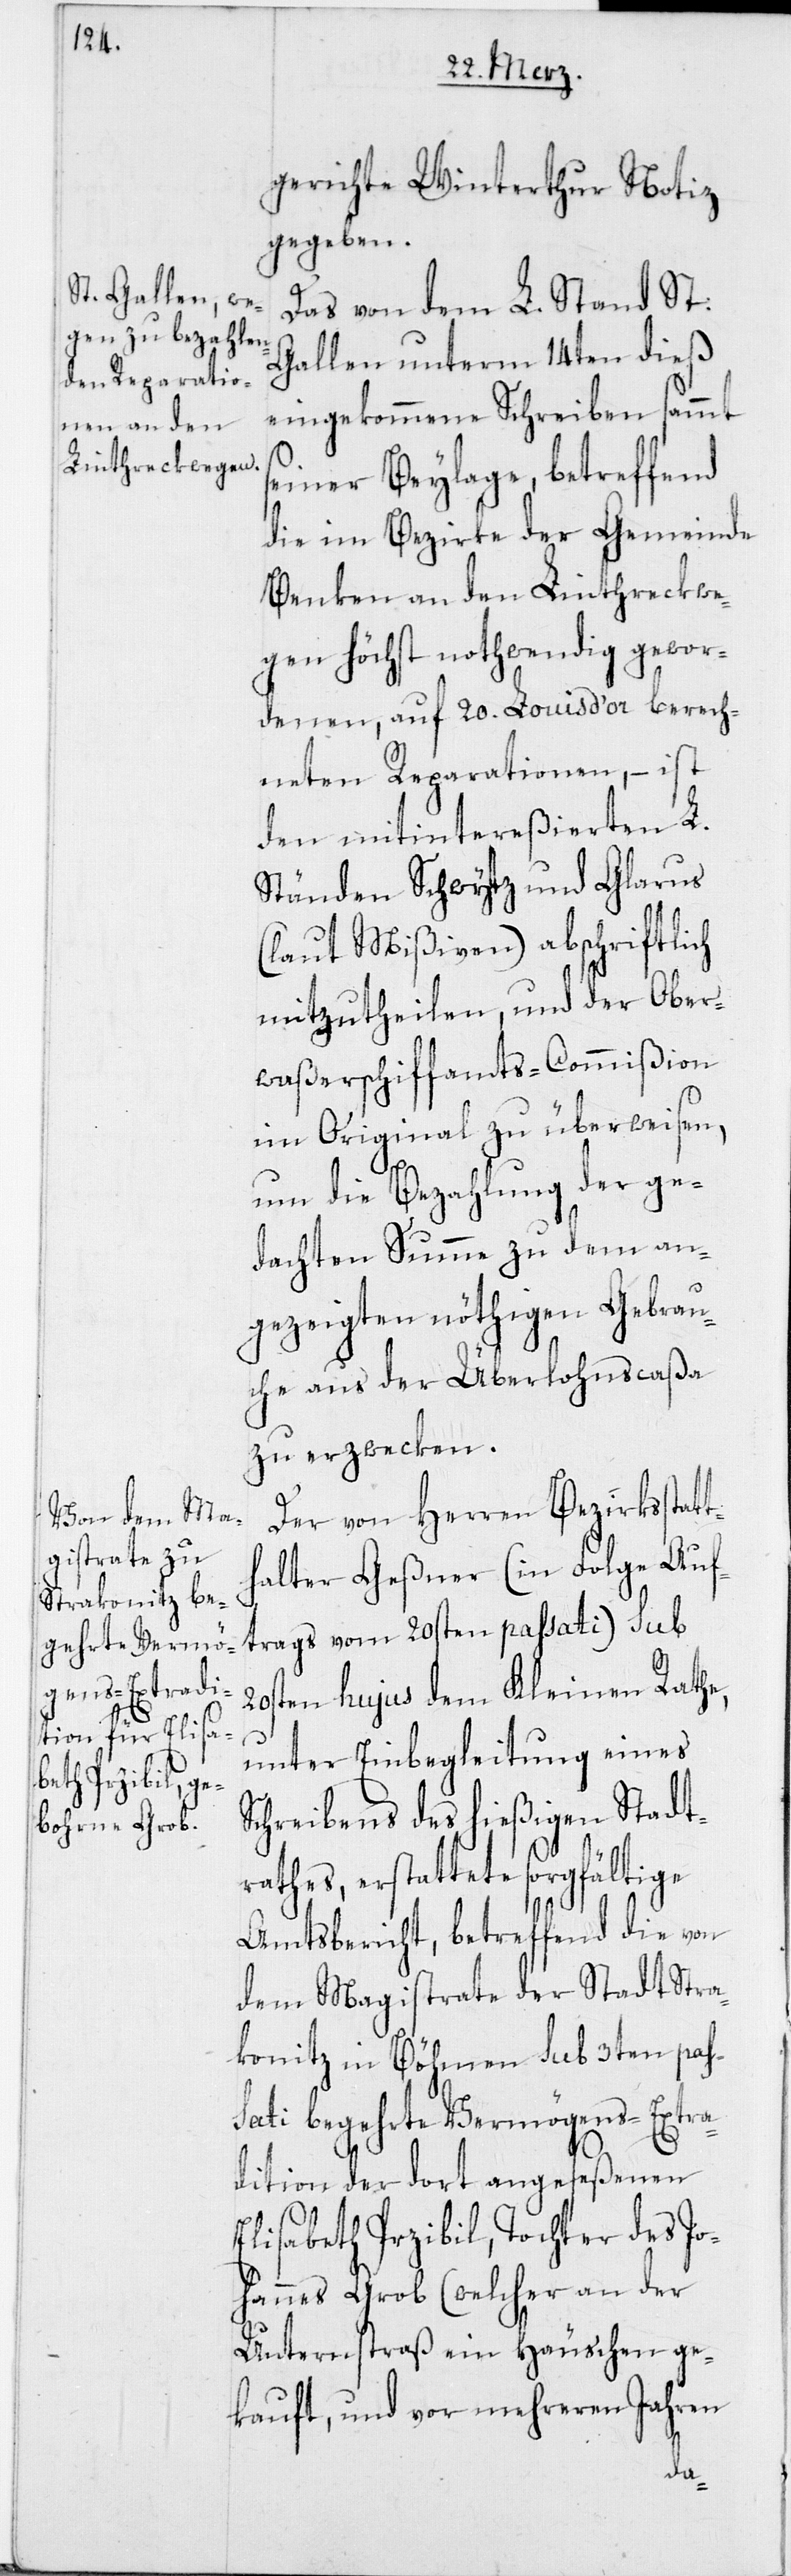
gerichte Winterthur Notiz
gegeben.
Das von dem L. Stand St:
Gallen unterm 14ten dieß
eingekommene Schreiben sammt
einer Beylage, betreffend
die im Bezirke der Gemeinde
Benken an den Linthreckwe¬
gen höchst nothwendig gewor¬
denen, auf 20. Louis d’or berech¬
neten Reparationen, – ist
den mitintereßierten L.
Ständen Schwytz und Glarus
(laut Mißiven) abschriftlich
mitzutheilen, und der Ober¬
waßerschiffamts-Commißion
im Original zu überweisen,
um die Bezahlung der ge¬
dachten Summe zu dem an¬
gezeigten nöthigen Gebrau¬
che aus der Überlohnscaßa
zu erzwecken.
Der von Herren Bezirksstat¬
alter Geßner (in Folge Auf¬
trags vom 20sten passati) sub
20sten hujus dem Kleinen Rathe,
unter Einbegleitung eines
Schreibens des hießigen Stadt¬
rathes, erstattete sorgfältige
Amtsbericht, betreffend die von
dem Magistrate der Stadt Stra¬
konitz in Böhmen sub 3ten pas¬
sati begehrte Vermögens-Extra¬
dition der dort angeseßenen
Elisabeth Przibil, Tochter des Jo¬
hannes Grob (welcher an der
Unterstraß ein Häuschen ge¬
kauft, und vor mehreren Jahren
th¬